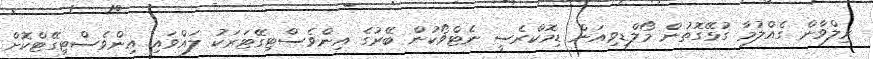
ރިލްވާން ގެއްލުމާ ގުޅޭގޮޮތުން މޯލްޑިވިއަން ޑިމޮކްރެސީ ނެޓްވޯކުން ބޭރުގެ އިންވެސްޓިގޭޓަރަކު ލައްވައި އިންވެސްޓިގޭޓްކޮށް